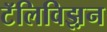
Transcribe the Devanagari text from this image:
टॅलिविझ़न